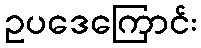
ဥပဒေကြောင်း